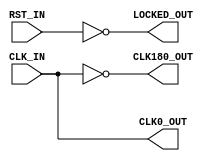
module x_s3e_dcm(CLK_IN,RST_IN,CLK0_OUT,CLK180_OUT,LOCKED_OUT);
	input CLK_IN,RST_IN;
	output CLK0_OUT,CLK180_OUT,LOCKED_OUT;
	
	assign CLK0_OUT = CLK_IN;
	assign CLK180_OUT = ~CLK_IN;
	assign LOCKED_OUT = ~RST_IN;
	
endmodule